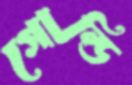
গোল্ডি